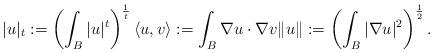
LaTeX: \begin{align*}|u|_t:=\left(\int_{{B}}|u|^t\right)^\frac{1}{t}\langle u,v\rangle:=\int_{B} \nabla u \cdot \nabla v\|u\|:=\left(\int_{B} |\nabla u|^2\right)^\frac{1}{2}.\end{align*}